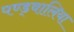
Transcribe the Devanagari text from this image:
पण्ड्वालिया